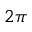
2 \pi